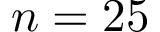
n = 2 5